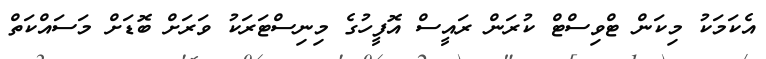
އެކަމަކު މިކަން ޓްވިސްޓް ކުރަން ރައީސް އޮފީހުގެ މިނިސްޓަރަކު ވަރަށް ބޮޑަށް މަސައްކަތް